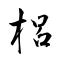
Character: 梠